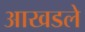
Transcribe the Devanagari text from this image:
आखडले